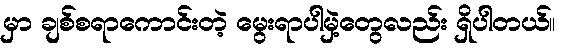
မှာ ချစ်စရာကောင်းတဲ့ မွေးရာပါမှဲ့တွေလည်း ရှိပါတယ်။